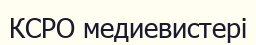
КСРО медиевистері